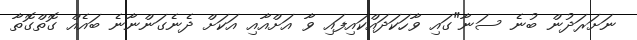
ނަށަރަދުން ބުނެ ސަނާ"ގައި ވާހަކަދައްކައިފައި ވާ އަށްއާއި އަކަށް ދެނެގަންނާނެ ބައެއް ގޮތްގޮތާ